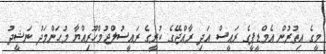
މީގެ އިތުރުން އެމްޑީޕީގެ ރައީސް އަދި ރާއްޖޭގެ ކުރީގެ ރައީސުލްޖުމްހޫރިއްޔާ މުޙަންމަދު ނަޝީދު